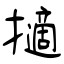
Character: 擿